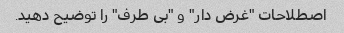
اصطلاحات "غرض دار" و "بی طرف" را توضیح دهید.